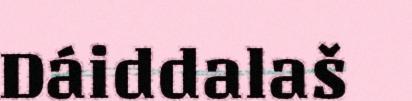
Dáiddalaš